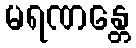
မရဏန္တေ